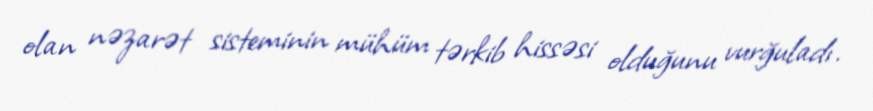
olan nəzarət sisteminin mühüm tərkib hissəsi olduğunu vurğuladı.